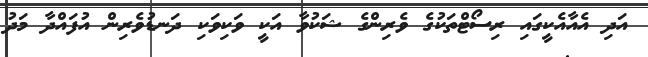
އަދި އެއާއެކީގައި ރިސޯޓްތަކުގެ ވެރިންގެ ޝަކުވާ އަކީ ވަކިވަކި ދަނޑުވެރިން އުފައްދާ މަދު